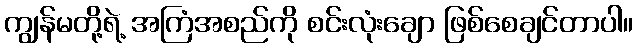
ကျွန်မတို့ရဲ့ အကြံအစည်ကို စင်းလုံးချော ဖြစ်စေချင်တာပါ။